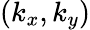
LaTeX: (k_{x},k_{y})